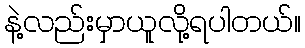
နဲ့လည်းမှာယူလို့ရပါတယ်။